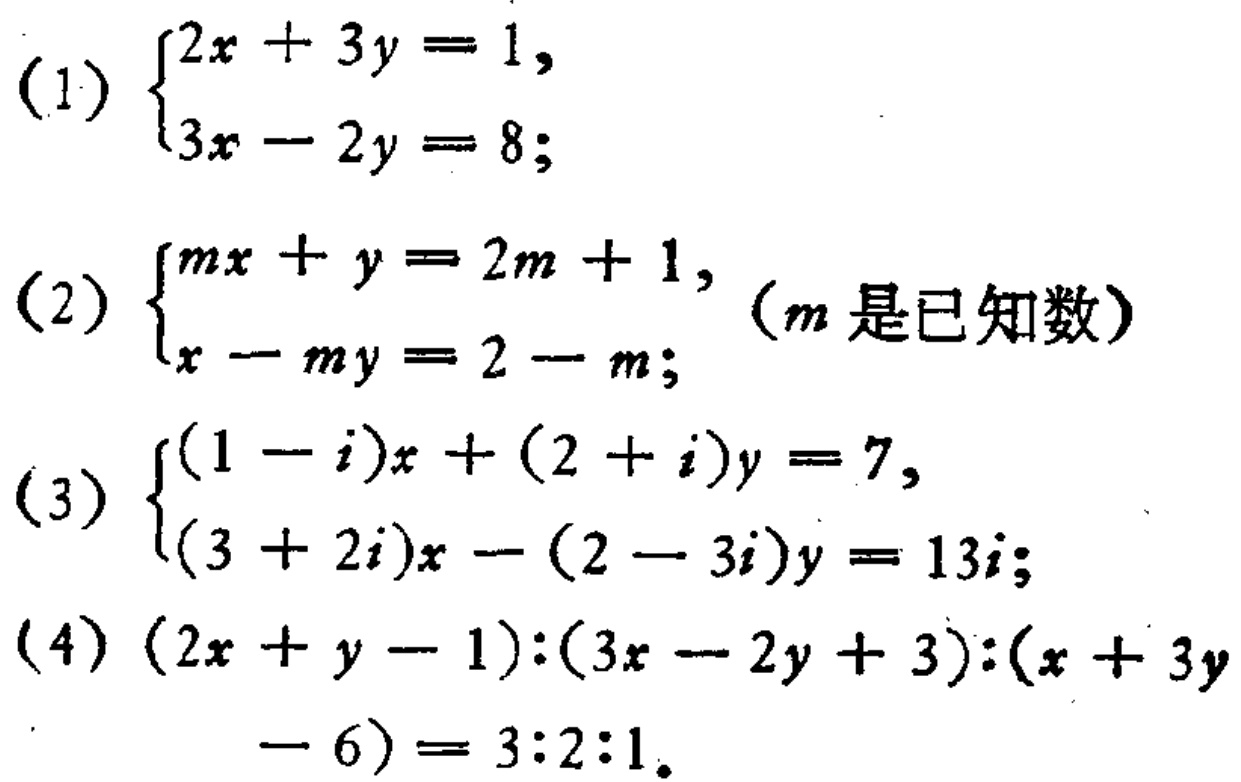
(1) \(\begin{cases}2x + 3y = 1,\\3x - 2y = 8;\end{cases}\)
(2) \(\begin{cases}mx + y = 2m + 1,\\x - my = 2 - m;\end{cases}\) (\(m\)是已知数)
(3) \(\begin{cases}(1 - i)x + (2 + i)y = 7,\\(3 + 2i)x - (2 - 3i)y = 13i;\end{cases}\)
(4) \((2x + y - 1):(3x - 2y + 3):(x + 3y - 6)=3:2:1\)